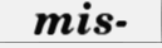
mis-